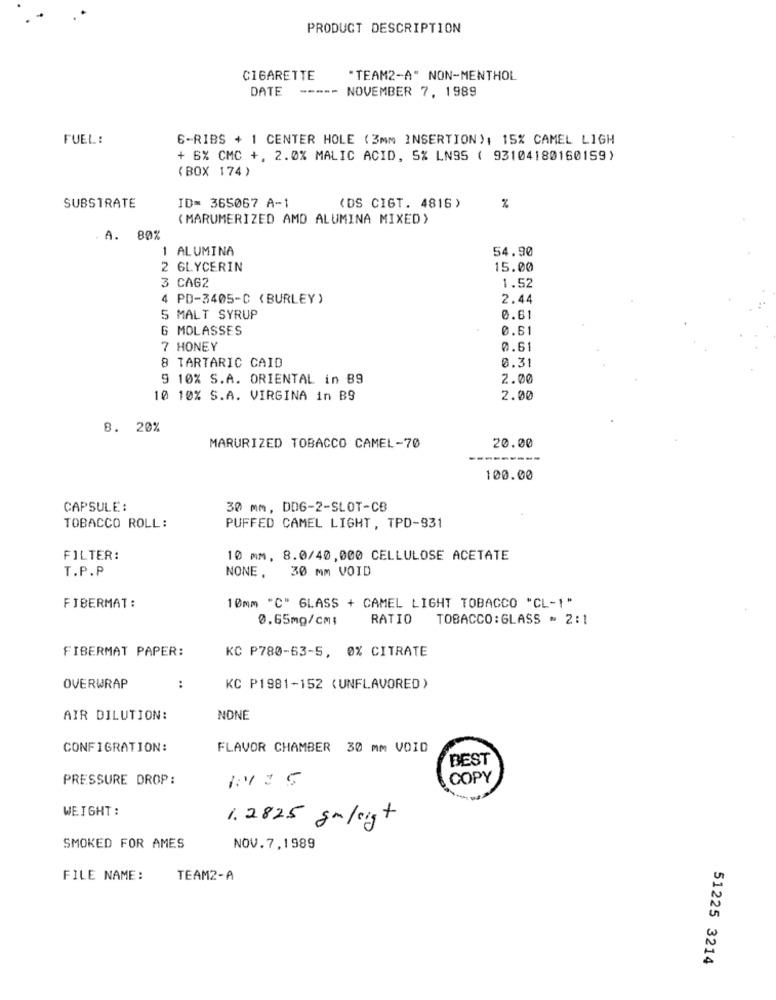
PRODUCT DESCRIPTION
CIGARETTE
"TEAM2-A" NON-MENTHOL
DATE
----- NOVEMBER 7, 1989
FUEL:
6-RIBS + 1 CENTER HOLE (3mm INSERTION), 15% CAMEL LIGH
+ 6% CMC +, 2.0% MALIC ACID, 5% LN95 ( 93104180160159)
( BOX 174 )
SUBSTRATE
ID= 365067 A-1
(DS CIGT. 4816)
%
(MARUMERIZED AMD ALUMINA MIXED)
A. 80%
1 ALUMINA
54.90
2 GLYCERIN
15.00
3 CAG2
1.52
4 PD-3405-C (BURLEY)
2.44
5 MALT SYRUP
0.61
6 MOLASSES
0.61
7 HONEY
0.61
8 TARTARIC CAID
0.31
9 10% S.A. ORIENTAL in B9
2.00
10 10% S.A. VIRGINA in B9
2.00
B. 20%
MARURIZED TOBACCO CAMEL-70
20.00
100.00
CAPSULE:
30 mm, DD6-2-SLOT-CB
TOBACCO ROLL:
PUFFED CAMEL LIGHT, TPD-931
FILTER:
10 mm, 8.0/40,000 CELLULOSE ACETATE
T.P.P
NONE, 30 MM VOID
FIBERMAT:
10mm "C" GLASS + CAMEL LIGHT TOBACCO "CL-1"
0.65mg/cm:
RATIO
TOBACCO: GLASS = 2:1
FIBERMAT PAPER:
KC P780-63-5, 0% CITRATE
OVERWRAP
:
KC P1981-152 (UNFLAVORED)
AIR DILUTION:
NONE
CONFIGRATION:
FLAVOR CHAMBER 30 mm VOID
BEST
PRESSURE DROP:
COPY
WEIGHT:
1. 2825 gmleigt
SMOKED FOR AMES
NOV.7,1989
FILE NAME:
TEAM2-A
51225 3214